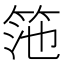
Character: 筂